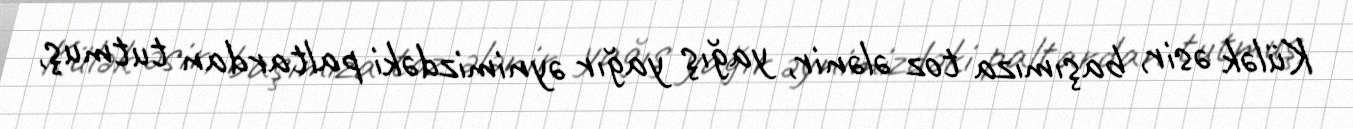
Külək əsir, başımıza toz ələnir, yağış yağır əynimizdəki paltardan tutmuş,